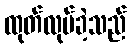
ထုတ်လုပ်ခဲ့သည်